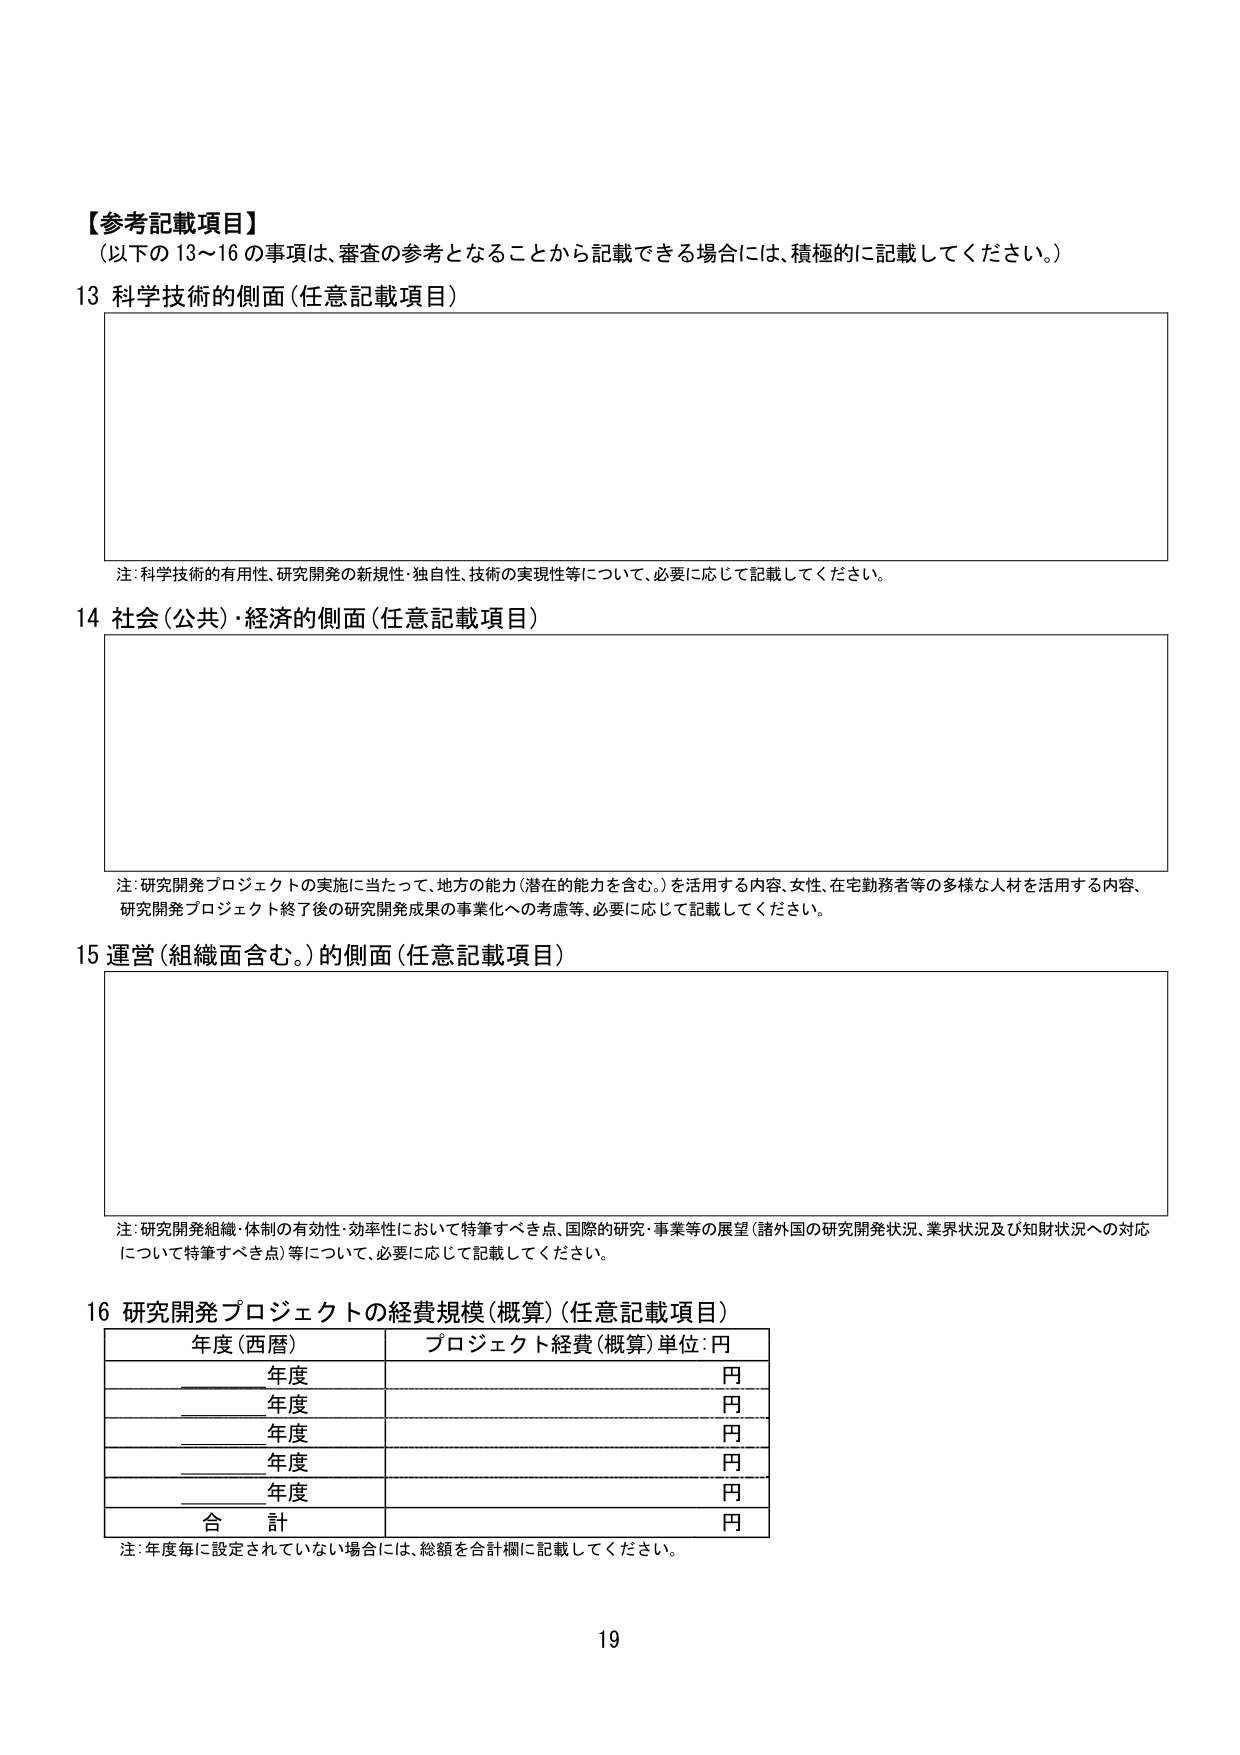
【参考記載項目】
（以下の13～16の事項は、審査の参考となることから記載できる場合には、積極的に記載してください。）

13 科学技術的側面（任意記載項目）

注：科学技術的有用性、研究開発の新規性・独自性、技術の実現性等について、必要に応じて記載してください。

14 社会（公共）・経済的側面（任意記載項目）

注：研究開発プロジェクトの実施に当たって、地方の能力（潜在的能力を含む。）を活用する内容、女性、在宅勤務者等の多様な人材を活用する内容、研究開発プロジェクト終了後の研究開発成果の事業化への考慮等、必要に応じて記載してください。

15 運営（組織面含む。）的側面（任意記載項目）

注：研究開発組織・体制の有効性・効率性において特筆すべき点、国際的研究・事業等の展望（諸外国の研究開発状況、業界状況及び知財状況への対応について特筆すべき点）等について、必要に応じて記載してください。

16 研究開発プロジェクトの経費規模（概算）（任意記載項目）
年度（西暦） プロジェクト経費（概算）単位：円
______年度 円
______年度 円
______年度 円
______年度 円
______年度 円
合計 円

注：年度毎に設定されていない場合には、総額を合計欄に記載してください。

19